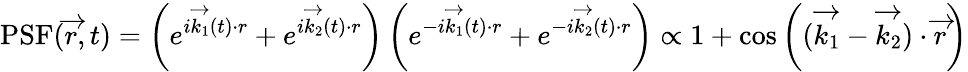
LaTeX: \textrm{PSF}(\overrightarrow{r},t)=\left(e^{i\overrightarrow{k_{1}}(t)\cdot r}+e^{i\overrightarrow{k_{2}}(t)\cdot r}\right)\left(e^{-i\overrightarrow{k_{1}}(t)\cdot r}+e^{-i\overrightarrow{k_{2}}(t)\cdot r}\right)\propto 1+\cos\left((\overrightarrow{k_{1}}-\overrightarrow{k_{2}})\cdot\overrightarrow{r}\right)